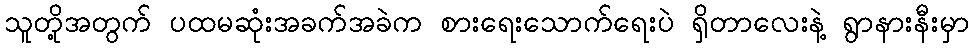
သူတို့အတွက် ပထမဆုံးအခက်အခဲက စားရေးသောက်ရေးပဲ ရှိတာလေးနဲ့ ရွာနားနီးမှာ